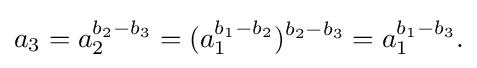
\displaystyle {a_{3}=a_{2}^{b_{2}-b_{3}}=(a_{1}^{b_{1}-b_{2}})^{b_{2}-b_{3}}=a_{1}^{b_{1}-b_{3}}.}